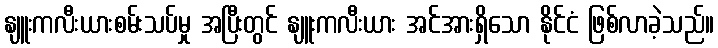
နျူးကလီးယားစမ်းသပ်မှု အပြီးတွင် နျူးကလီးယား အင်အားရှိသော နိုင်ငံ ဖြစ်လာခဲ့သည်။